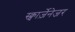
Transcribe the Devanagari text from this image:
स्क्वार्ज़ेनेजर